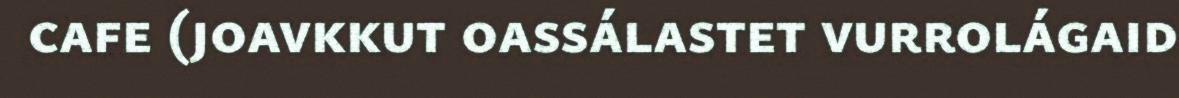
cafe (joavkkut oassálastet vurrolágaid